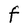
Character: F